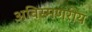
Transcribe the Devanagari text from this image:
अविस्मणरीय